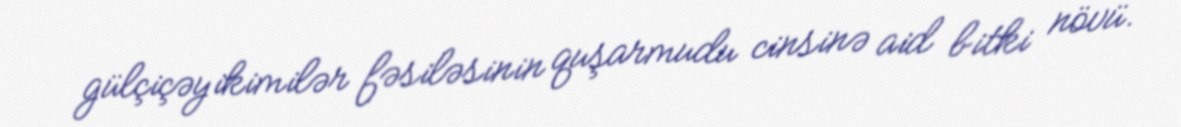
gülçiçəyikimilər fəsiləsinin quşarmudu cinsinə aid bitki növü.